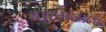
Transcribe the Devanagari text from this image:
बारगळाना